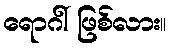
ရောဂါ် ဖြစ်လား။